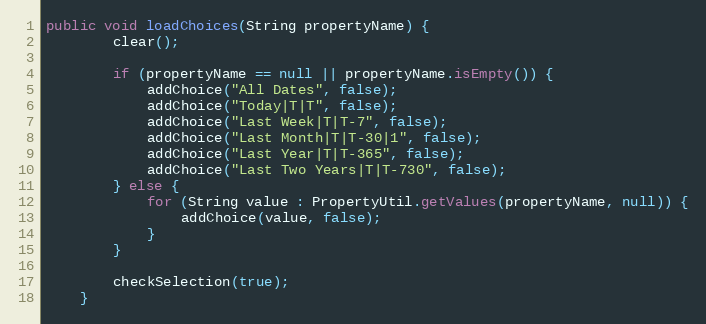
Language: Java
public void loadChoices(String propertyName) {
        clear();

        if (propertyName == null || propertyName.isEmpty()) {
            addChoice("All Dates", false);
            addChoice("Today|T|T", false);
            addChoice("Last Week|T|T-7", false);
            addChoice("Last Month|T|T-30|1", false);
            addChoice("Last Year|T|T-365", false);
            addChoice("Last Two Years|T|T-730", false);
        } else {
            for (String value : PropertyUtil.getValues(propertyName, null)) {
                addChoice(value, false);
            }
        }

        checkSelection(true);
    }